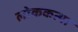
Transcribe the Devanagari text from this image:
लोककत्था